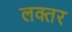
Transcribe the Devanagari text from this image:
लक्तर